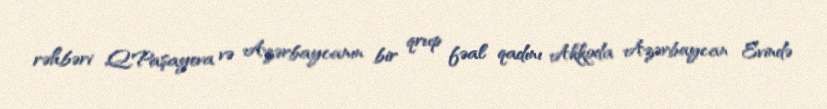
rəhbəri Q.Paşayeva və Azərbaycanın bir qrup fəal qadını Akkoda Azərbaycan Evində